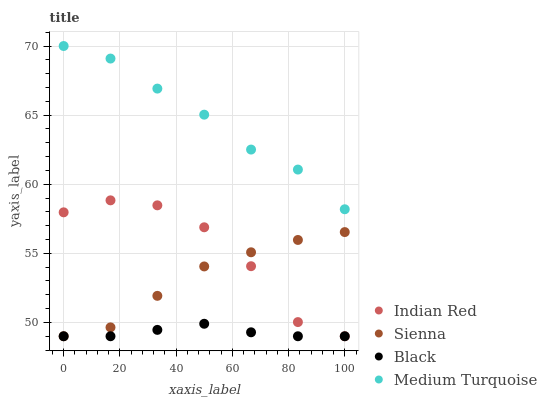
| xaxis_label | Indian Red | Sienna | Black | Medium Turquoise |
 | --- | --- | --- | --- | --- |
 | 0 | 58 | 49 | 49 | 70 |
 | 16.7 | 58.8 | 49.6 | 49 | 69.1 |
 | 33.3 | 58.5 | 51.9 | 49.5 | 66.9 |
 | 50 | 56.9 | 54.1 | 49.9 | 65 |
 | 66.7 | 54.1 | 55.1 | 49.3 | 62.5 |
 | 83.3 | 50 | 56 | 49 | 61.1 |
 | 100 | 49 | 56.5 | 49 | 58.2 |